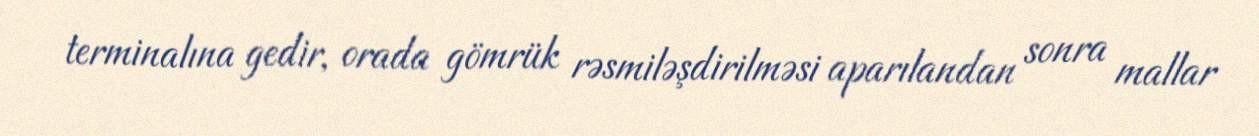
terminalına gedir, orada gömrük rəsmiləşdirilməsi aparılandan sonra mallar